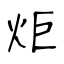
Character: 炬